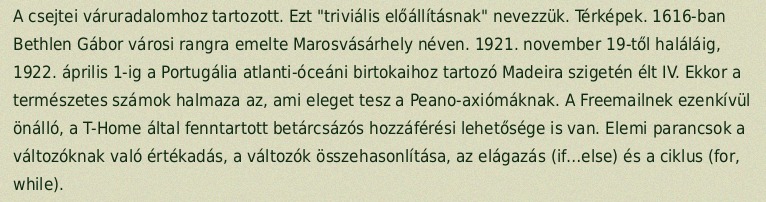
A csejtei váruradalomhoz tartozott. Ezt "triviális előállításnak" nevezzük. Térképek. 1616-ban Bethlen Gábor városi rangra emelte Marosvásárhely néven. 1921. november 19-től haláláig, 1922. április 1-ig a Portugália atlanti-óceáni birtokaihoz tartozó Madeira szigetén élt IV. Ekkor a természetes számok halmaza az, ami eleget tesz a Peano-axiómáknak. A Freemailnek ezenkívül önálló, a T-Home által fenntartott betárcsázós hozzáférési lehetősége is van. Elemi parancsok a változóknak való értékadás, a változók összehasonlítása, az elágazás (if…else) és a ciklus (for, while).